Annual report of the Punjab Veterinary College and of the Civil Veterinary Department, Punjab - 1920-1925
Year: 1920
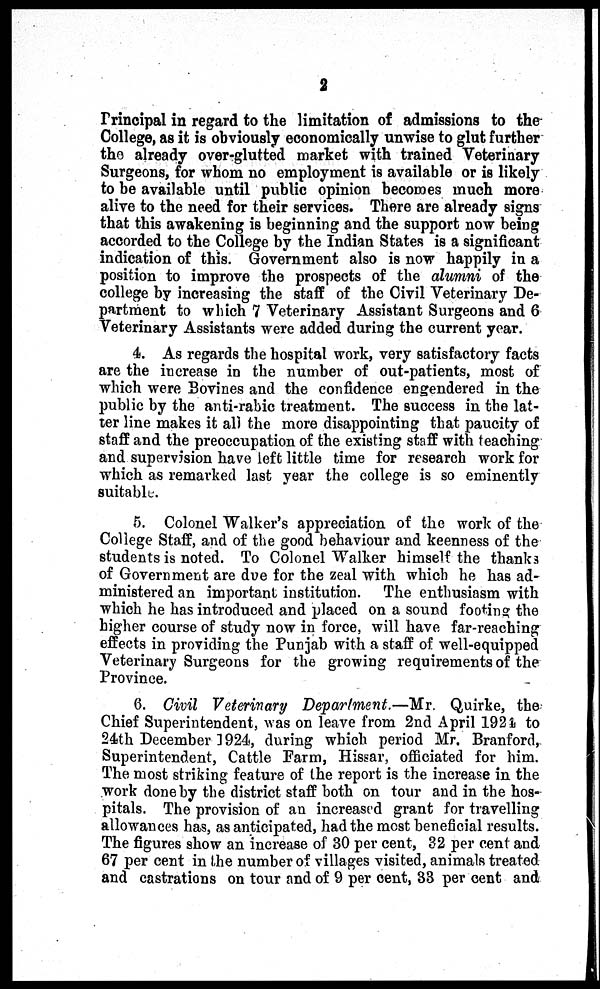
2
Principal in regard to the limitation of admissions to the
College, as it is obviously economically unwise to glut further
the already over-glutted market with trained Veterinary
Surgeons, for whom no employment is available or is likely
to be available until public opinion becomes much more
alive to the need for their services. There are already signs
that this awakening is beginning and the support now being
accorded to the College by the Indian States is a significant
indication of this. Government also is now happily in a
position to improve the prospects of the alumni of the
college by increasing the staff of the Civil Veterinary De-
partment to which 7 Veterinary Assistant Surgeons and 6
Veterinary Assistants were added during the current year.
4. As regards the hospital work, very satisfactory facts
are the increase in the number of out-patients, most of
which were Bovines and the confidence engendered in the
public by the anti-rabic treatment. The success in the lat-
ter line makes it all the more disappointing that paucity of
staff and the preoccupation of the existing staff with teaching
and supervision have left little time for research work for
which as remarked last year the college is so eminently
suitable.
5. Colonel Walker's appreciation of the work of the
College Staff, and of the good behaviour and keenness of the
students is noted. To Colonel Walker himself the thanks
of Government are due for the zeal with which he has ad-
ministered an important institution. The enthusiasm with
which he has introduced and placed on a sound footing the
higher course of study now in force, will have far-reaching
effects in providing the Punjab with a staff of well-equipped
Veterinary Surgeons for the growing requirements of the
Province.
6. Civil Veterinary Department.—Mr. Quirke, the
Chief Superintendent, was on leave from 2nd April 1924 to
24th December 1924, during which period Mr. Branford,
Superintendent, Cattle Farm, Hissar, officiated for him.
The most striking feature of the report is the increase in the
work done by the district staff both on tour and in the hos-
pitals. The provision of an increased grant for travelling
allowances has, as anticipated, had the most beneficial results.
The figures show an increase of 30 per cent, 32 per cent and
67 per cent in the number of villages visited, animals treated
and castrations on tour and of 9 per cent, 33 per cent and